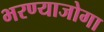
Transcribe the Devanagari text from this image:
भरण्याजोगा